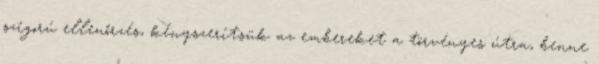
szigorú ellenőrzés, kényszerítsük az embereket a törvényes útra, benne